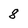
Character: 8